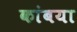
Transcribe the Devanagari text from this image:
कांबया